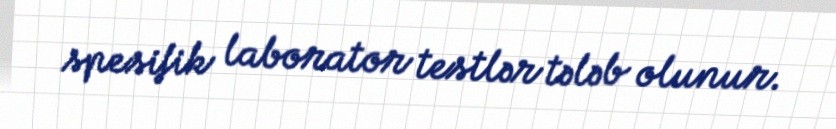
spesifik laborator testlər tələb olunur.